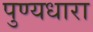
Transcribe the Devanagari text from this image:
पुण्यधारा